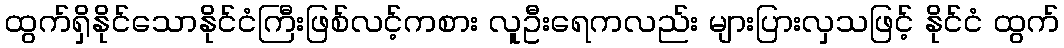
ထွက်ရှိနိုင်သောနိုင်ငံကြီးဖြစ်လင့်ကစား လူဦးရေကလည်း များပြားလှသဖြင့် နိုင်ငံ ထွက်